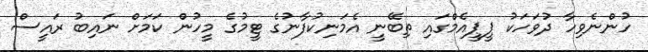
ހުންނެވިހާ ދުވަހަކު ޕީޕީއެމްގައި ތިބޭނީ އެމަނިކުފާނުގެ ޓީމުގެ މީހުން ކަމަށް ނައިބު ރައީސް